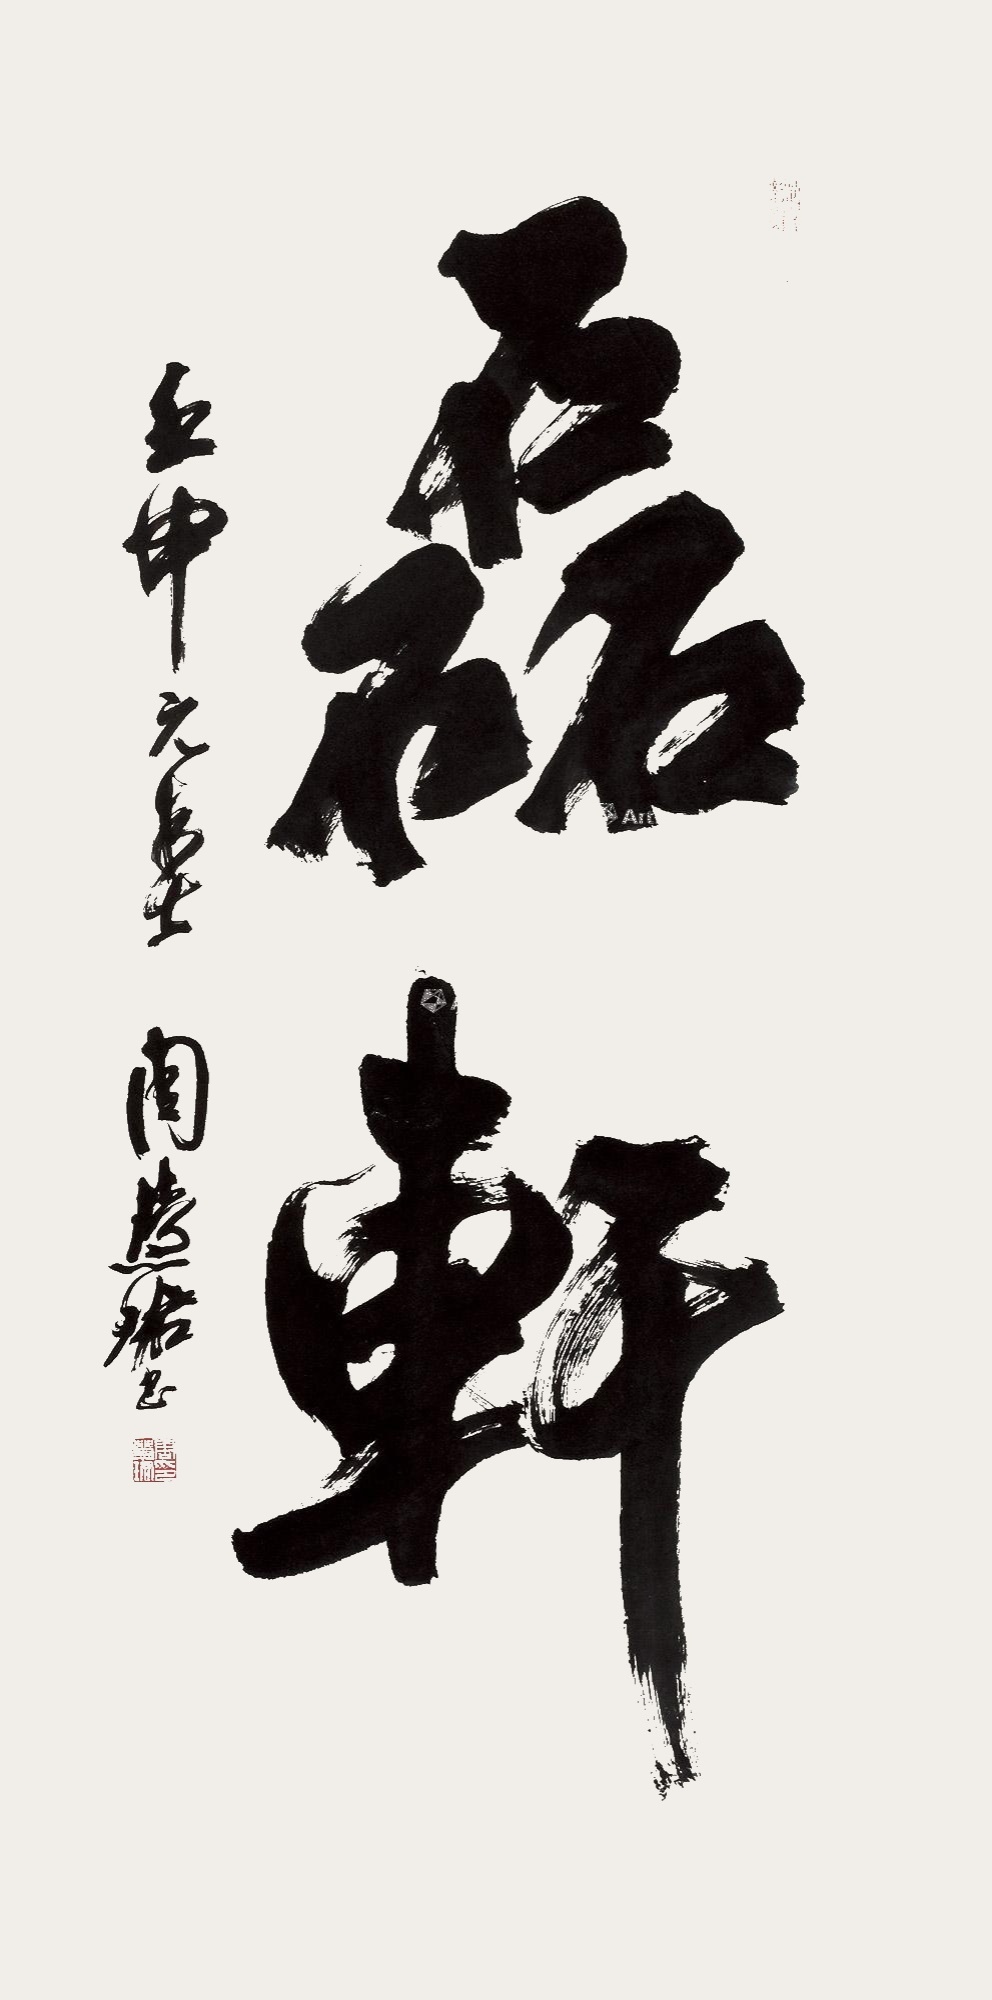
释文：磊轩。壬申元春，周慧珺。